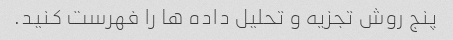
پنج روش تجزیه و تحلیل داده ها را فهرست کنید.